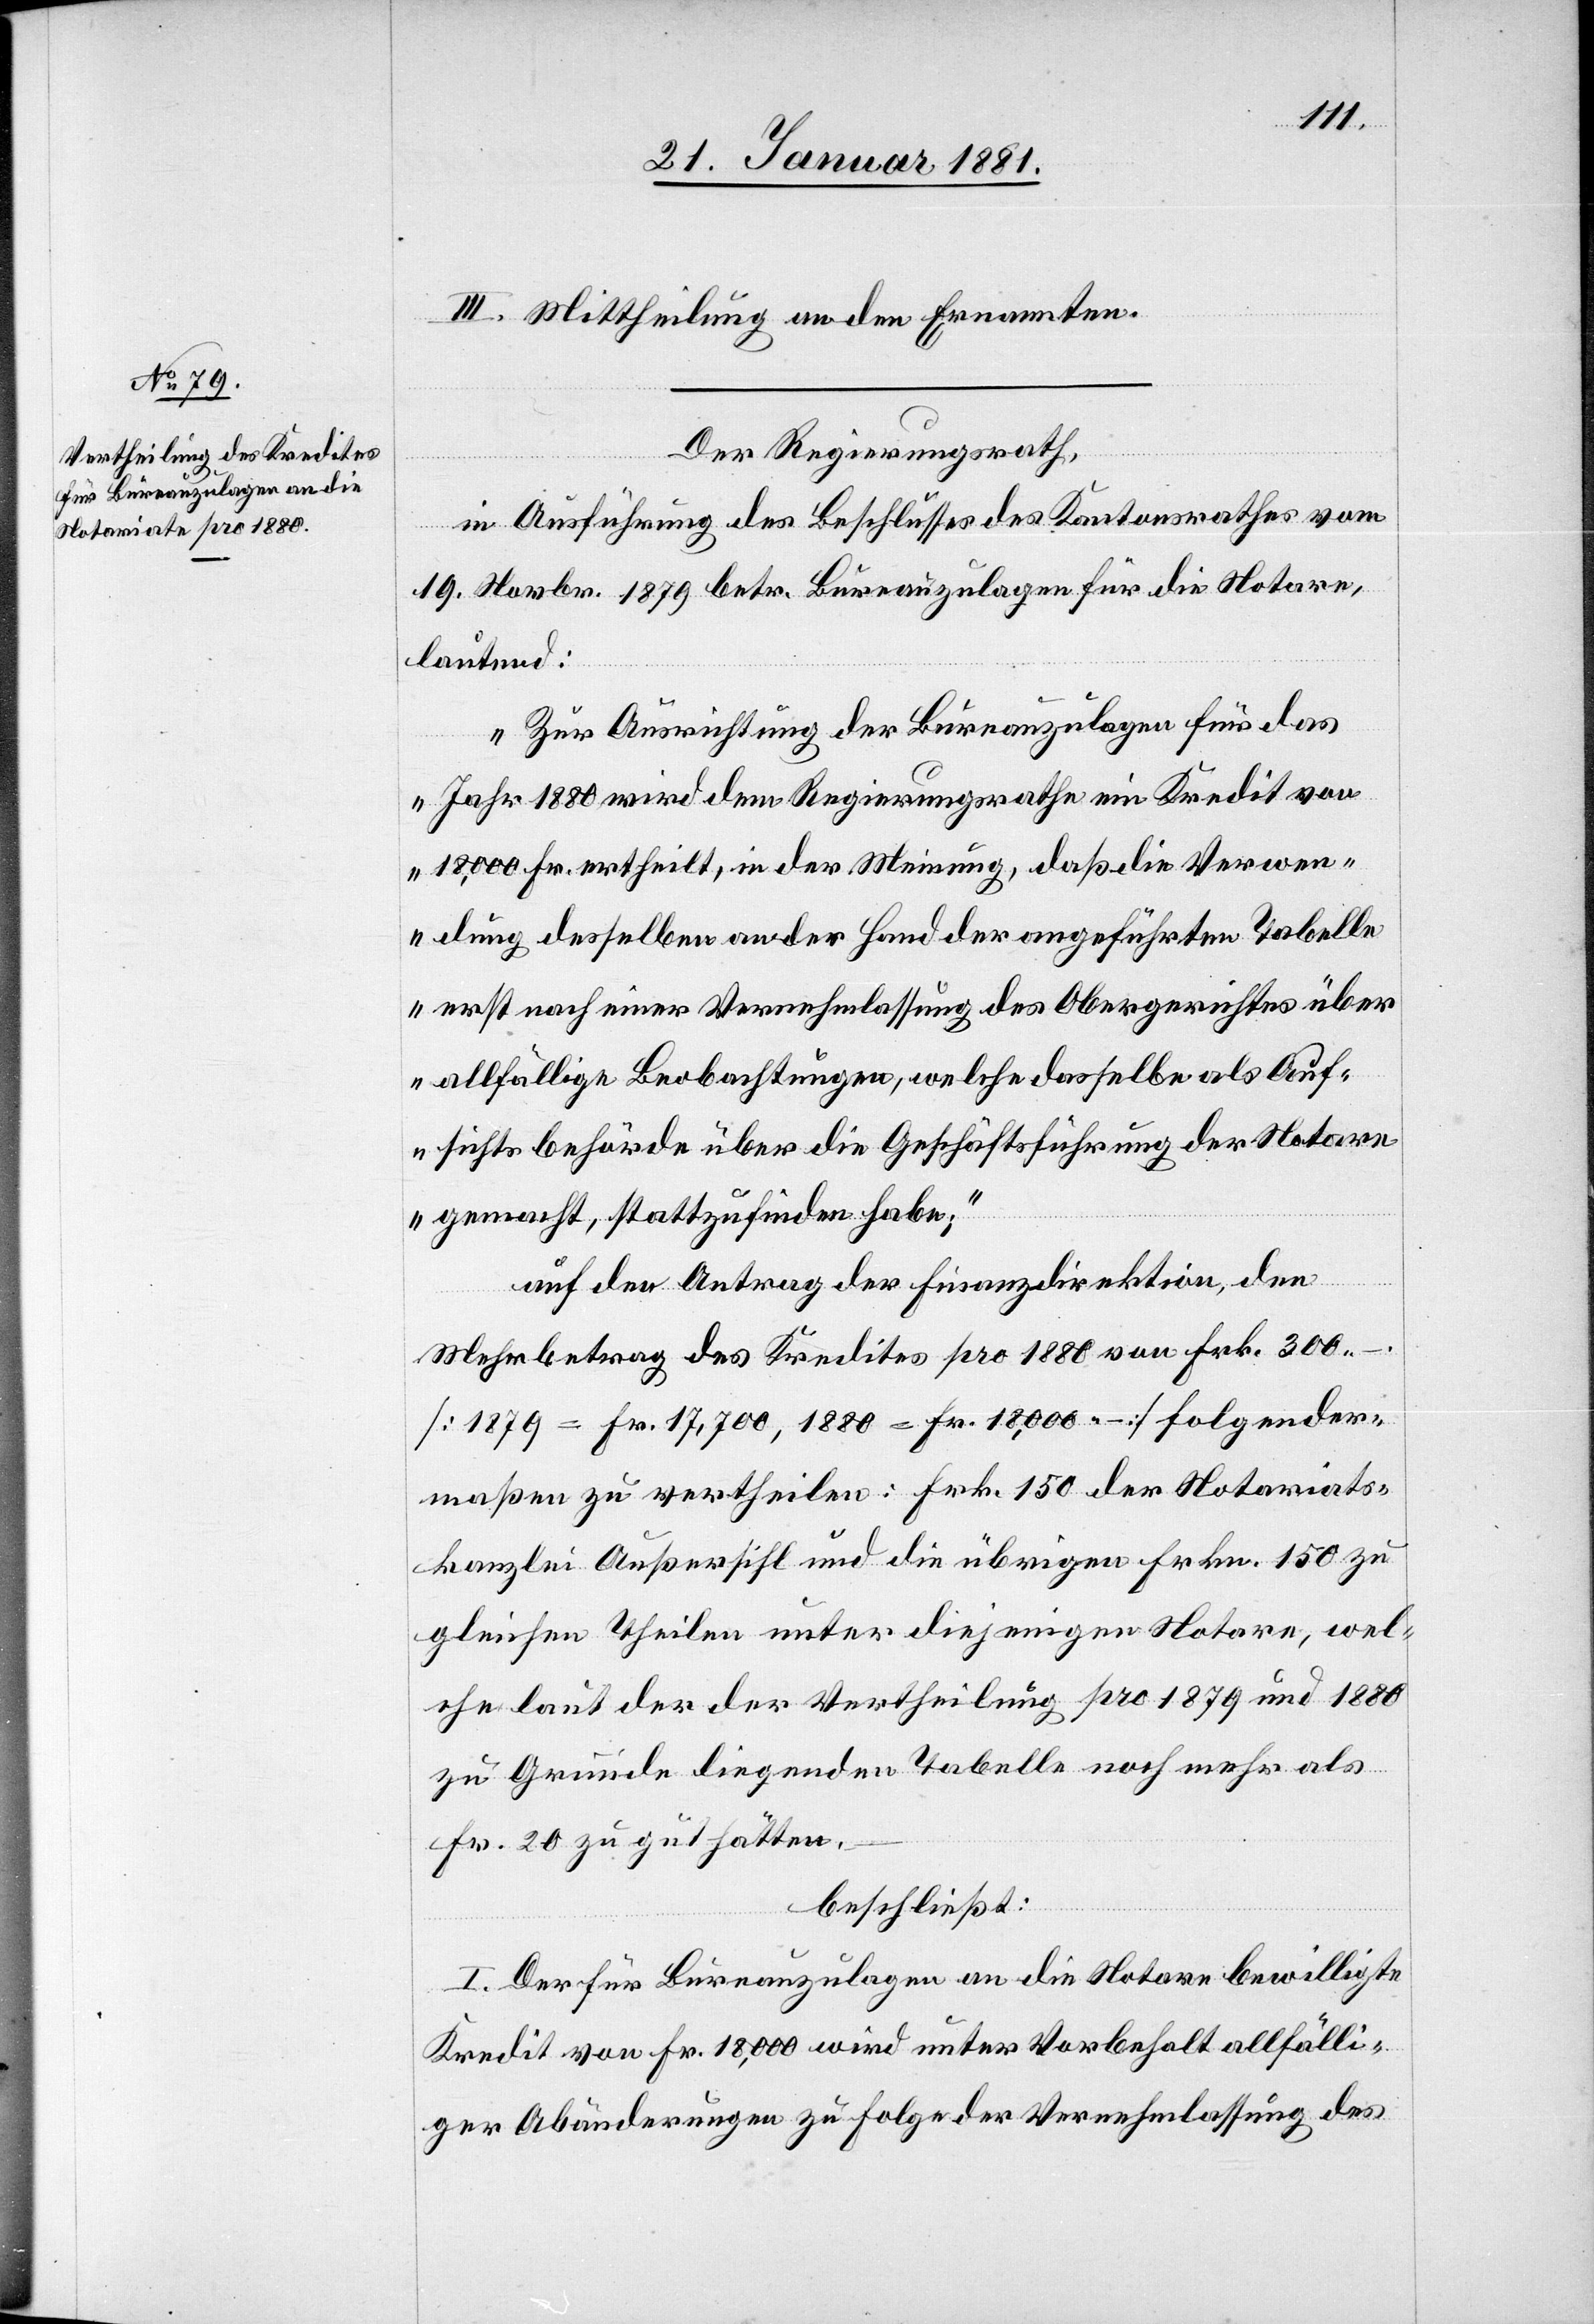
III. Mittheilung an den Ernannten.
Der Regierungsrath,
in Ausführung des Beschlusses des Kantonsrathes vom
19. Novbr. 1879 betr. Bureauzulagen für die Notare
lautend:
„Zur Ausrichtung der Bureauzulagen für das
Jahr 1880 wird dem Regierungsrathe ein Kredit von
18,000 Fr. ertheilt, in der Meinung, daß die Verwen¬
dung desselben an der Hand der angeführten Tabelle
erst nach einer Vernehmlassung des Obergerichtes über
allfällige Beobachtungen, welche dasselbe als Auf¬
sichtsbehörde über die Geschäftsführung der Notare
gemacht, stattzufinden habe;“
auf den Antrag der Finanzdirektion, den
Mehrbetrag des Kredites pro 1880 von Frk. 300
[1879 = Fr. 17,700, 1880 = Fr. 18,000 –] folgender¬
maßen zu vertheilen: Frk. 150 der Notariats¬
kanzlei Außersihl und die übrigen Frkn. 150 zu
gleichen Theilen unter diejenigen Notare, wel¬
che laut der der Vertheilung pro 1879 und 1880
zu Grunde liegenden Tabelle noch mehr als
Fr. 20 zu gut hätten.
beschließt:
I Der für Bureauzulagen an die Notare bewilligte
Kredit von Fr. 18,000 wird unter Vorbehalt allfälli¬
ger Abänderungen zu Folge der Vernehmlassung des